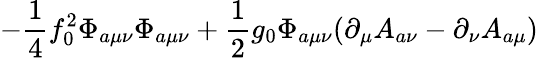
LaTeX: -\frac 14f_{0}^{2}\Phi_{a\mu\nu}\Phi_{a\mu\nu}+\frac 12g_{0}\Phi_{a\mu\nu}(\partial_{\mu}A_{a\nu}-\partial_{\nu}A_{a\mu})